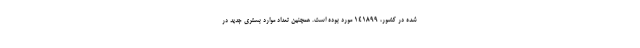
شده در کشور، ۱۴۱۸۹۹ مورد بوده است. همچنین تعداد موارد بستری جدید در